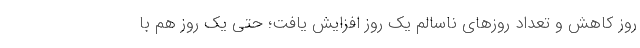
روز کاهش و تعداد روزهای ناسالم یک روز افزایش یافت؛ حتی یک روز هم با